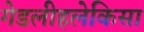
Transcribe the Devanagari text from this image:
गेडलीहलेकिसा